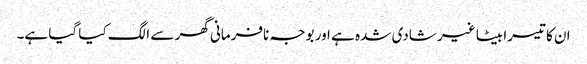
ان کا تیسرا بیٹا غیر شادی شدہ ہے اور بوجہ نافرمانی گھر سے الگ کیا گیا ہے۔